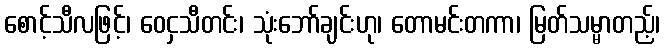
စောင့်သီလဖြင့်၊ ဝေငှသီတင်း၊ သုံးဘော်ချင်းဟု၊ တောမင်းတကာ၊ မြတ်သမ္မာတည့်၊